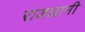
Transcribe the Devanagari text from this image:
राजघानी